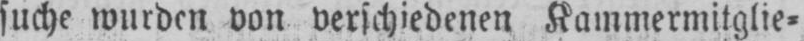
suche wurden von verschiedenen Kammermitglie⸗